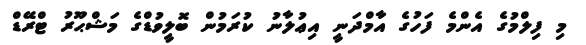
މި ފިލްމުގެ އެންމެ ފަހުގެ އާމްދަނީ އިޢުލާނު ކުރަމުން ބޮލީވުޑްގެ މަޝްޙޫރު ޓްރޭޑް